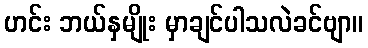
ဟင်း ဘယ်နှမျိုး မှာချင်ပါသလဲခင်ဗျာ။